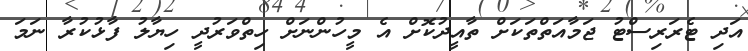
އަދި ޓެރަރިސްޓު ޖަމާއަތްތަކަށް ތާއީދުކޮށް އެ މީހުންނަށް ހިތްވަރުދީ ހިޔާލު ފާޅުކުރާ ނަމަ